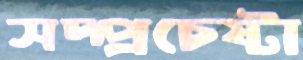
সদ্প্রচেষ্টা